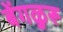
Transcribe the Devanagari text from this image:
बेंगळुरू